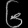
Digit: ၆